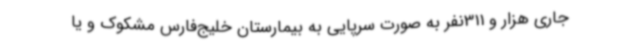
جاری هزار و 311نفر به صورت سرپایی به بیمارستان خلیج‌فارس مشکوک و یا